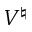
V ^ { \natural }